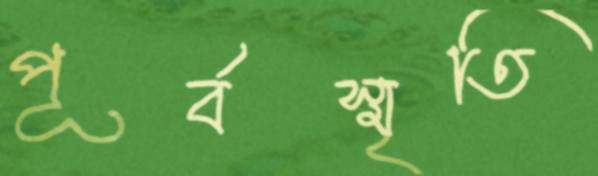
পূর্বস্মৃতি